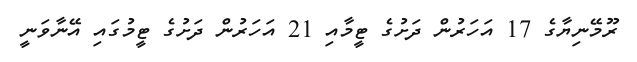
ރޫމޭނިޔާގެ 17 އަހަރުން ދަށުގެ ޓީމާއި 21 އަހަރުން ދަށުގެ ޓީމުގައި އޭނާވަނީ